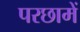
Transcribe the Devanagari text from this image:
परछामें